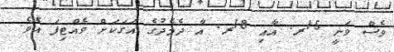
ވެސް ވަނީ 15ރ. އާއި 18ރ. އާ ދެމެދުގެ އަގަކަށް ވެއްޓިފަ އެވެ.